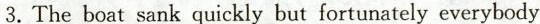
3.The boat sank quickly but fortunately everybody